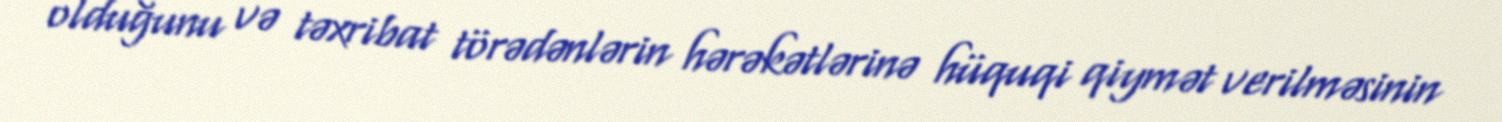
olduğunu və təxribat törədənlərin hərəkətlərinə hüquqi qiymət verilməsinin